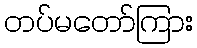
တပ်မတော်ကြား